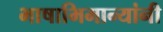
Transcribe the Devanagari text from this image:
भाषाभिमान्यांनी